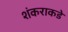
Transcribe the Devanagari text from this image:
शंकराकडे